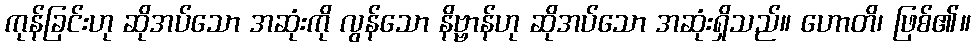
ကုန်ခြင်းဟု ဆိုအပ်သော အဆုံးကို လွန်သော နိဗ္ဗာန်ဟု ဆိုအပ်သော အဆုံးရှိသည်။ ဟောတိ၊ ဖြစ်၏။